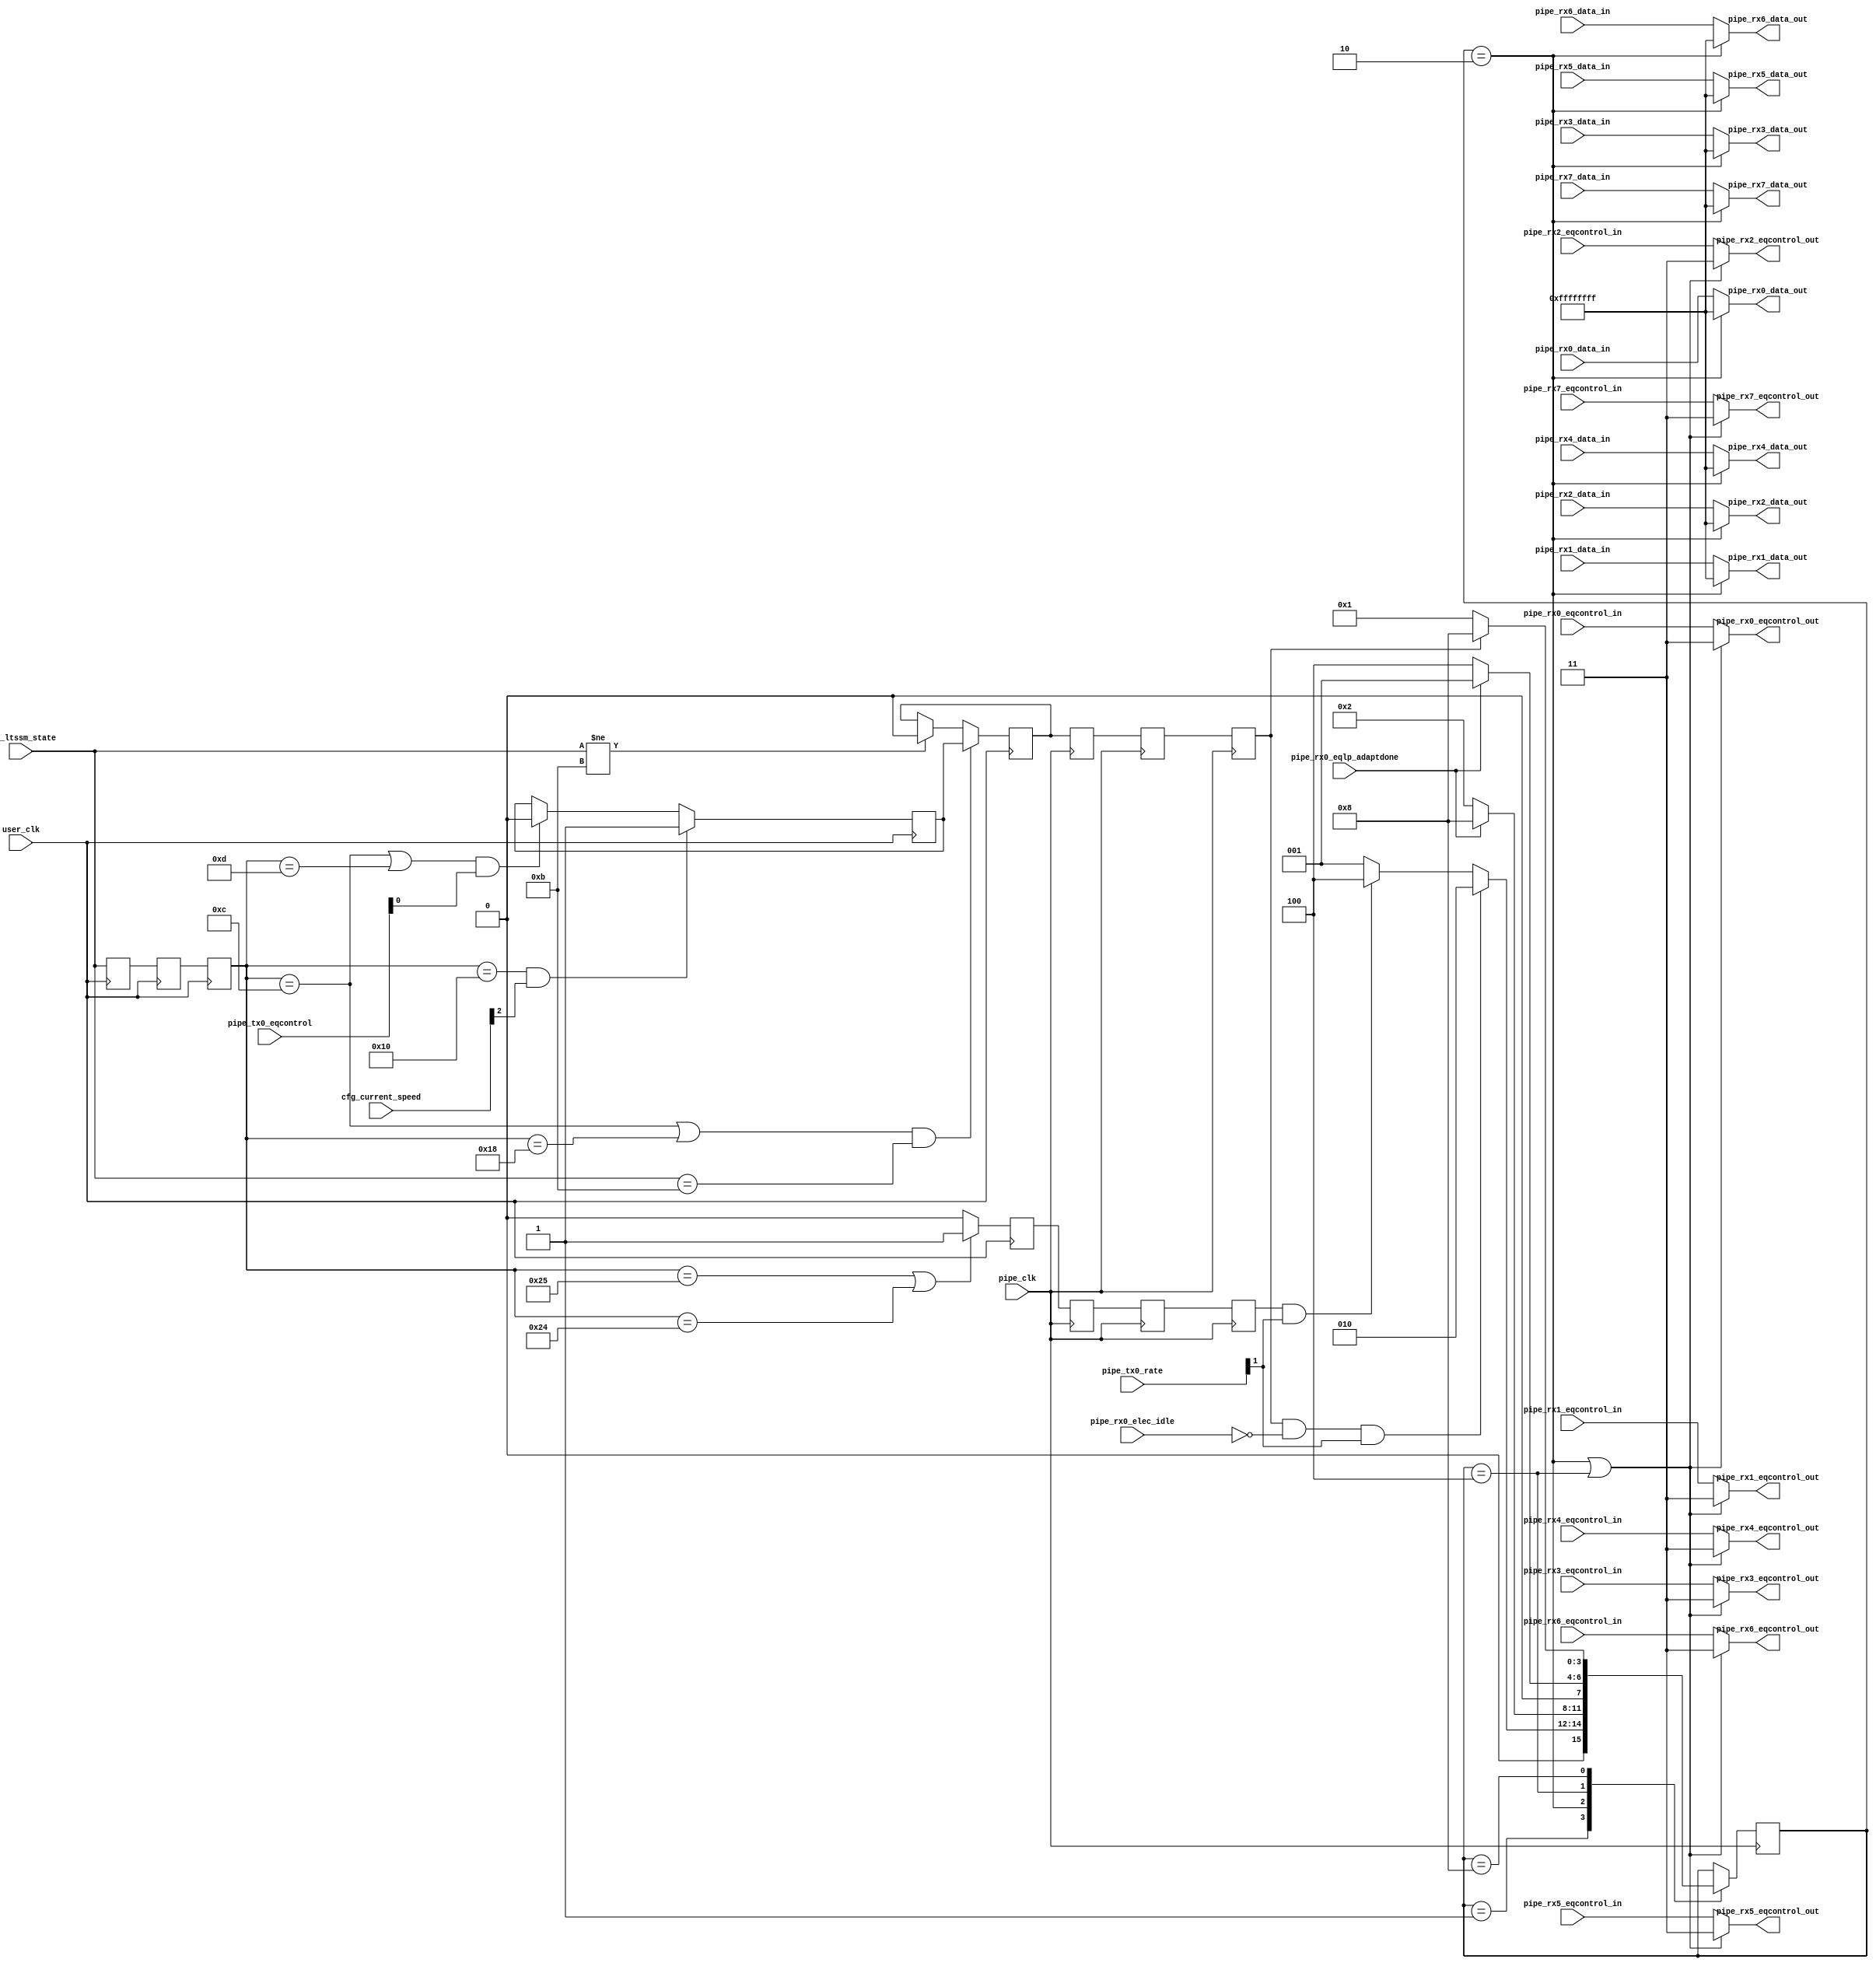
module pcie3_7x_0_pcie_force_adapt (
  input                     pipe_clk,
  input                     user_clk,
  input       [5:0]         cfg_ltssm_state,
  input       [2:0]         cfg_current_speed,
  input       [1:0]         pipe_tx0_rate,
  input                     pipe_rx0_elec_idle,
  input                     pipe_rx0_eqlp_adaptdone,
  input       [1:0]         pipe_tx0_eqcontrol,
  input      [31:0]         pipe_rx0_data_in,
  input      [31:0]         pipe_rx1_data_in,
  input      [31:0]         pipe_rx2_data_in,
  input      [31:0]         pipe_rx3_data_in,
  input      [31:0]         pipe_rx4_data_in,
  input      [31:0]         pipe_rx5_data_in,
  input      [31:0]         pipe_rx6_data_in,
  input      [31:0]         pipe_rx7_data_in,
  input        [1:0]        pipe_rx0_eqcontrol_in,
  input        [1:0]        pipe_rx1_eqcontrol_in,
  input        [1:0]        pipe_rx2_eqcontrol_in,
  input        [1:0]        pipe_rx3_eqcontrol_in,
  input        [1:0]        pipe_rx4_eqcontrol_in,
  input        [1:0]        pipe_rx5_eqcontrol_in,
  input        [1:0]        pipe_rx6_eqcontrol_in,
  input        [1:0]        pipe_rx7_eqcontrol_in,
  output      [31:0]        pipe_rx0_data_out,
  output      [31:0]        pipe_rx1_data_out,
  output      [31:0]        pipe_rx2_data_out,
  output      [31:0]        pipe_rx3_data_out,
  output      [31:0]        pipe_rx4_data_out,
  output      [31:0]        pipe_rx5_data_out,
  output      [31:0]        pipe_rx6_data_out,
  output      [31:0]        pipe_rx7_data_out,
  output       [1:0]        pipe_rx0_eqcontrol_out,
  output       [1:0]        pipe_rx1_eqcontrol_out,
  output       [1:0]        pipe_rx2_eqcontrol_out,
  output       [1:0]        pipe_rx3_eqcontrol_out,
  output       [1:0]        pipe_rx4_eqcontrol_out,
  output       [1:0]        pipe_rx5_eqcontrol_out,
  output       [1:0]        pipe_rx6_eqcontrol_out,
  output       [1:0]        pipe_rx7_eqcontrol_out
);
localparam      RXJITTER_TEK              = "TRUE";
(* ASYNC_REG = "TRUE", SHIFT_EXTRACT = "NO" *)      reg  [5:0]   cfg_ltssm_state_reg = 6'b0;
(* ASYNC_REG = "TRUE", SHIFT_EXTRACT = "NO" *)      reg  [5:0]   cfg_ltssm_state_reg0 = 6'b0;
(* ASYNC_REG = "TRUE", SHIFT_EXTRACT = "NO" *)      reg  [5:0]   cfg_ltssm_state_reg1 = 6'b0;
(* ASYNC_REG = "TRUE", SHIFT_EXTRACT = "NO" *)      reg          speed_change = 1'b0;
 reg          gen3_flag = 1'b1;
(* ASYNC_REG = "TRUE", SHIFT_EXTRACT = "NO" *)      reg          cfg_loopback = 1'b0;
 always @ (posedge user_clk )
  begin
    cfg_ltssm_state_reg      <= cfg_ltssm_state;
    cfg_ltssm_state_reg0     <= cfg_ltssm_state_reg;
    cfg_ltssm_state_reg1     <= cfg_ltssm_state_reg0;
  end
  // Flag to indicate the first transition to Gen3
 always @ (posedge user_clk )
  begin
    if (cfg_ltssm_state_reg1 == 6'h10 && cfg_current_speed[2] )
      gen3_flag <= 1'b1;
    else if ((cfg_ltssm_state_reg1 == 6'hc || cfg_ltssm_state_reg1 == 6'hD ) && pipe_tx0_eqcontrol[0])
      gen3_flag <= 1'b0;
    else
      gen3_flag <= gen3_flag;
  end
 // Flag to indicate Speed Change
 always @ (posedge user_clk )
  begin
    if ((cfg_ltssm_state_reg1 == 6'hc || cfg_ltssm_state_reg1 == 6'h18 ) && cfg_ltssm_state == 6'hb)
    begin
      speed_change <= gen3_flag;
    end
    else if (cfg_ltssm_state != 6'hb) begin
      speed_change <= 1'b0;
    end
    else begin
      speed_change <= speed_change;
    end
  end
 // Flag to indicate cfg -> loopback slave
 generate
 if (RXJITTER_TEK == "TRUE")
 begin: loopback
 always @ (posedge user_clk )
  begin
    if (cfg_ltssm_state_reg1 == 6'h25 || cfg_ltssm_state_reg1 == 6'h24 )
    begin
      cfg_loopback <= 1'b1;
    end
    else
      cfg_loopback <= 1'b0;
  end
 end
 endgenerate
    wire         elec_idle_deasserted;
(* ASYNC_REG = "TRUE", SHIFT_EXTRACT = "NO" *)         reg          speed_change_reg0  =1'b0;
(* ASYNC_REG = "TRUE", SHIFT_EXTRACT = "NO" *)         reg          speed_change_reg1  =1'b0;
(* ASYNC_REG = "TRUE", SHIFT_EXTRACT = "NO" *)         reg          speed_change_reg2  =1'b0;
(* ASYNC_REG = "TRUE", SHIFT_EXTRACT = "NO" *)         reg          cfg_loopback_reg0  =1'b0;
(* ASYNC_REG = "TRUE", SHIFT_EXTRACT = "NO" *)         reg          cfg_loopback_reg1  =1'b0;
(* ASYNC_REG = "TRUE", SHIFT_EXTRACT = "NO" *)         reg          cfg_loopback_reg2  =1'b0;
    reg  [3:0]   eq_state           =4'b0001;
    localparam  EQ_IDLE     = 4'b0001;
    localparam  EQ_ADAPT    = 4'b0010;
    localparam  EQ_RX_TEK   = 4'b0100;
    localparam  EQ_WAIT     = 4'b1000;
    // Device should be in R.RL with elec idle deasserted for force adapttation to start
    assign elec_idle_deasserted = ~ pipe_rx0_elec_idle;
   // CDC speed_change from user clock to pipe clock domain
  always @ (posedge pipe_clk )
   begin
    speed_change_reg0            <= speed_change;
    speed_change_reg1            <= speed_change_reg0;
    speed_change_reg2            <= speed_change_reg1;
   end
// CDC cfg_loopback from user clock to pipe clock domain
  always @ (posedge pipe_clk )
   begin
    cfg_loopback_reg0            <= cfg_loopback;
    cfg_loopback_reg1            <= cfg_loopback_reg0;
    cfg_loopback_reg2            <= cfg_loopback_reg1;
   end
  // State Machine to Control Forced Adaptation
  always @ (posedge pipe_clk )
   begin
   case(eq_state)
    EQ_IDLE : begin
      if (speed_change_reg2 && elec_idle_deasserted && pipe_tx0_rate[1])
        eq_state                <= EQ_ADAPT;
      else if (cfg_loopback_reg2 && pipe_tx0_rate[1])
         eq_state               <= EQ_RX_TEK;
      else
        eq_state                <= EQ_IDLE;
      end
    EQ_ADAPT : begin
      if (pipe_rx0_eqlp_adaptdone)
        eq_state                <= EQ_WAIT;
      else
        eq_state                <= EQ_ADAPT;
      end
    EQ_RX_TEK : begin
      if (pipe_rx0_eqlp_adaptdone)
        eq_state                <= EQ_IDLE;
      else
        eq_state                <= EQ_RX_TEK;
      end
    EQ_WAIT : begin
      if (!speed_change_reg2)
        eq_state                <= EQ_IDLE;
      else
        eq_state                <= EQ_WAIT;
      end
   endcase
   end
  assign pipe_rx0_data_out = (eq_state == EQ_ADAPT) ? {32{1'b1}}: pipe_rx0_data_in;
  assign pipe_rx1_data_out = (eq_state == EQ_ADAPT) ? {32{1'b1}}: pipe_rx1_data_in;
  assign pipe_rx2_data_out = (eq_state == EQ_ADAPT) ? {32{1'b1}}: pipe_rx2_data_in;
  assign pipe_rx3_data_out = (eq_state == EQ_ADAPT) ? {32{1'b1}}: pipe_rx3_data_in;
  assign pipe_rx4_data_out = (eq_state == EQ_ADAPT) ? {32{1'b1}}: pipe_rx4_data_in;
  assign pipe_rx5_data_out = (eq_state == EQ_ADAPT) ? {32{1'b1}}: pipe_rx5_data_in;
  assign pipe_rx6_data_out = (eq_state == EQ_ADAPT) ? {32{1'b1}}: pipe_rx6_data_in;
  assign pipe_rx7_data_out = (eq_state == EQ_ADAPT) ? {32{1'b1}}: pipe_rx7_data_in;
  assign pipe_rx0_eqcontrol_out =  ((eq_state == EQ_ADAPT) || (eq_state == EQ_RX_TEK)) ? 2'b11 : pipe_rx0_eqcontrol_in;
  assign pipe_rx1_eqcontrol_out =  ((eq_state == EQ_ADAPT) || (eq_state == EQ_RX_TEK)) ? 2'b11 : pipe_rx1_eqcontrol_in;
  assign pipe_rx2_eqcontrol_out =  ((eq_state == EQ_ADAPT) || (eq_state == EQ_RX_TEK)) ? 2'b11 : pipe_rx2_eqcontrol_in;
  assign pipe_rx3_eqcontrol_out =  ((eq_state == EQ_ADAPT) || (eq_state == EQ_RX_TEK)) ? 2'b11 : pipe_rx3_eqcontrol_in;
  assign pipe_rx4_eqcontrol_out =  ((eq_state == EQ_ADAPT) || (eq_state == EQ_RX_TEK)) ? 2'b11 : pipe_rx4_eqcontrol_in;
  assign pipe_rx5_eqcontrol_out =  ((eq_state == EQ_ADAPT) || (eq_state == EQ_RX_TEK)) ? 2'b11 : pipe_rx5_eqcontrol_in;
  assign pipe_rx6_eqcontrol_out =  ((eq_state == EQ_ADAPT) || (eq_state == EQ_RX_TEK)) ? 2'b11 : pipe_rx6_eqcontrol_in;
  assign pipe_rx7_eqcontrol_out =  ((eq_state == EQ_ADAPT) || (eq_state == EQ_RX_TEK)) ? 2'b11 : pipe_rx7_eqcontrol_in;
endmodule